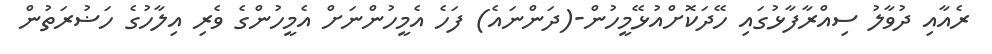
ރެއާއި ދުވާލު ސިއްރާފާޅުގައި ހޭދަކޮށްއުޅޭމީހުން-(ދަންނައެ) ފަހެ އެމީހުންނަށް އެމީހުންގެ ވެރި އިލާހުގެ ހަޟުރަތުން